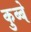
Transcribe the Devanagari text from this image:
कुब्बे